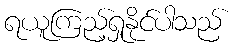
ရယူကြည့်ရှုနိုင်ပါသည်